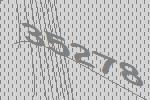
35278